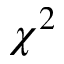
\chi ^ { 2 }